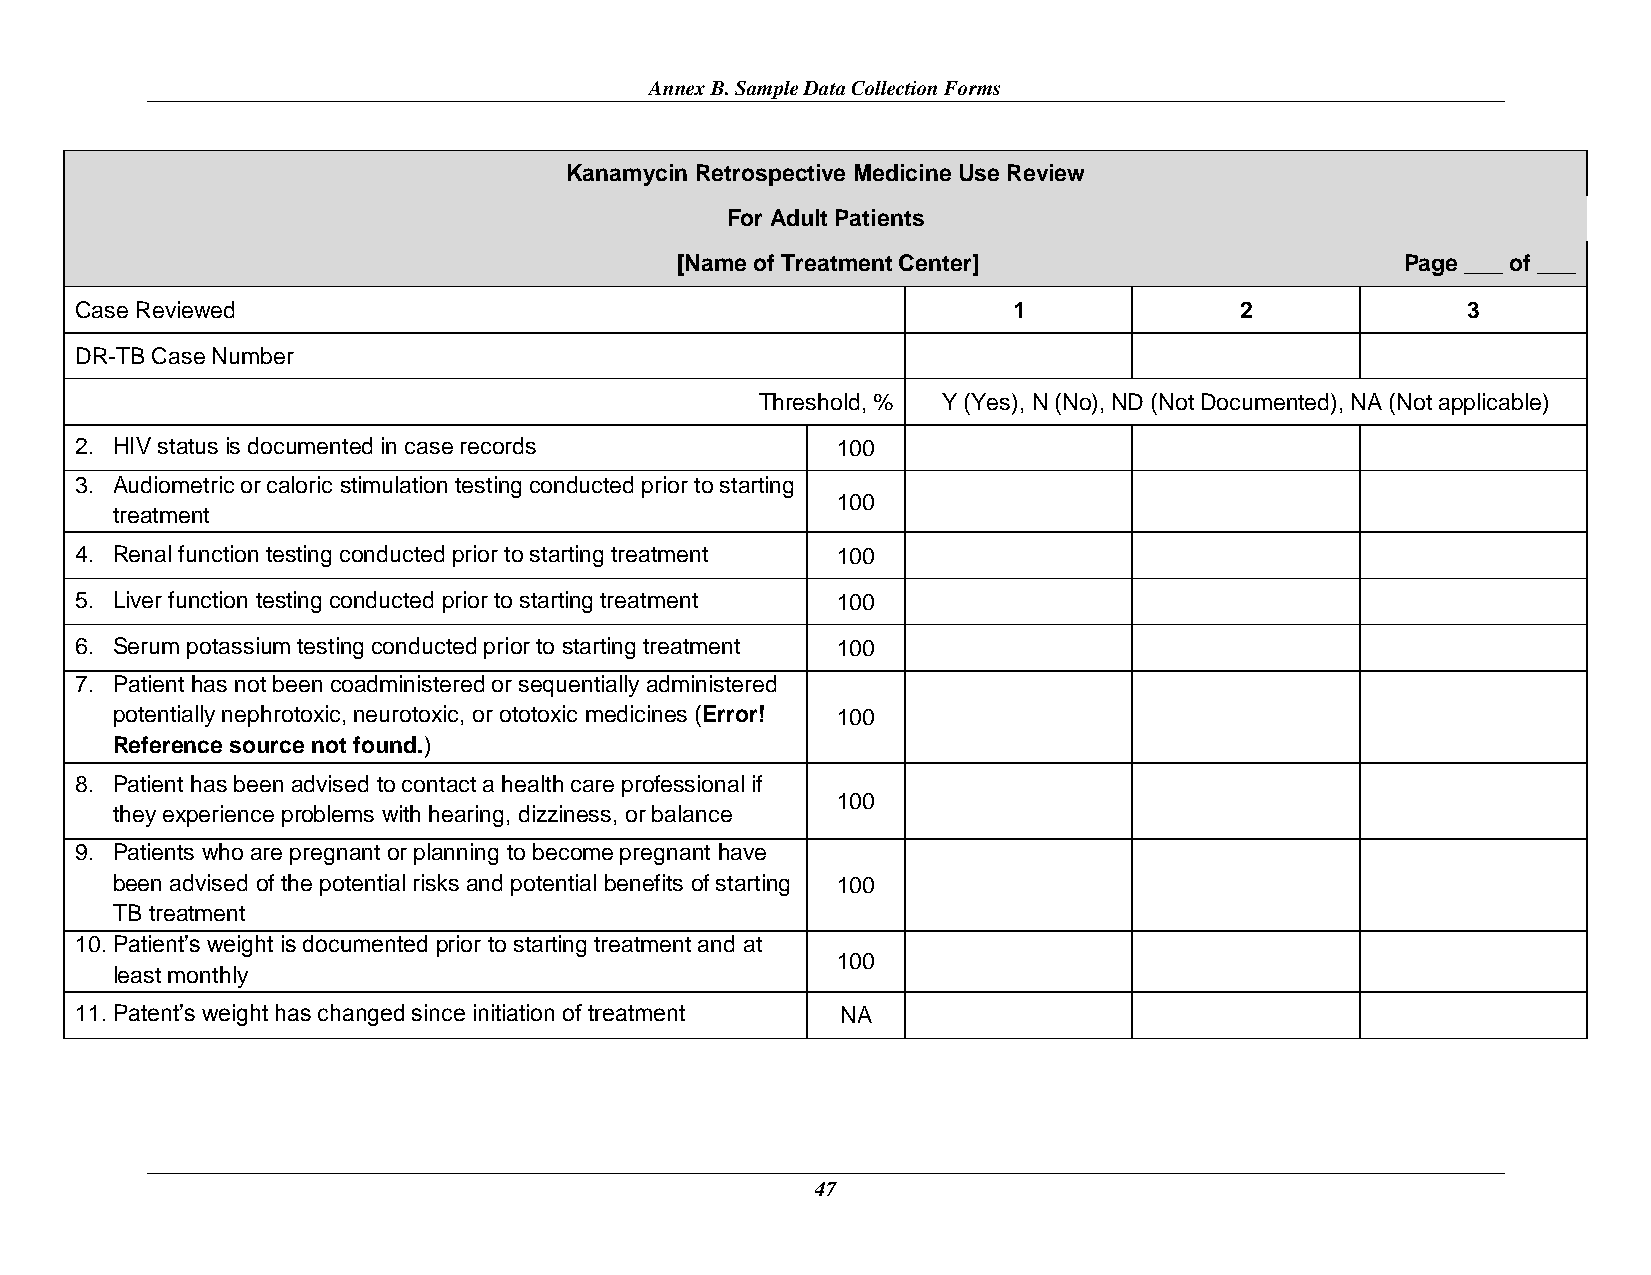
Annex B. Sample Data Collection Forms
 Kanamycin Retrospective Medicine Use Review
 For Adult Patients
 [Name of Treatment Center]                      Page ___ of ___
 Case Reviewed                                                 1              2              3
 DR-TB Case Number
 Threshold, % Y (Yes), N (No), ND (Not Documented), NA (Not applicable)
 2. HIV status is documented in case records       100
 3. Audiometric or caloric stimulation testing conducted prior to starting
 100
 treatment
 4. Renal function testing conducted prior to starting treatment 100
 5. Liver function testing conducted prior to starting treatment 100
 6. Serum potassium testing conducted prior to starting treatment 100
 7. Patient has not been coadministered or sequentially administered
 potentially nephrotoxic, neurotoxic, or ototoxic medicines (Error! 100
 Reference source not found.)
 8. Patient has been advised to contact a health care professional if
 100
 they experience problems with hearing, dizziness, or balance
 9. Patients who are pregnant or planning to become pregnant have
 been advised of the potential risks and potential benefits of starting 100
 TB treatment
 10. Patient’s weight is documented prior to starting treatment and at
 100
 least monthly
 11. Patent’s weight has changed since initiation of treatment NA
 47